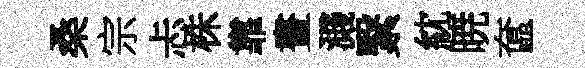
桑宗忐株靠晝濺繄紞暁奩